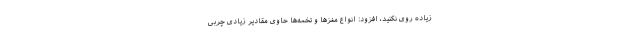
زیاده روی نکنید، افزود: انواع مغزها و تخمه‌ها حاوی مقادیر زیادی چربی